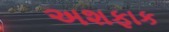
અશફાક